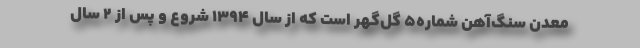
معدن سنگ‌آهن شماره‌۵ گل‌گهر است که از سال ۱۳۹۴ شروع و پس از ۲ سال